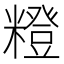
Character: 𥼰